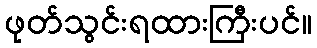
ဖုတ်သွင်းရထားကြီးပင်။